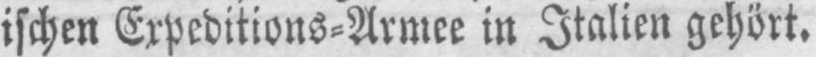
ischen Expeditions⸗Armee in Italien gehört.